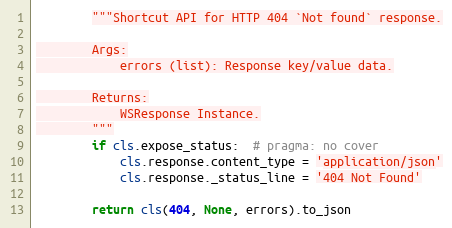
Language: Python
        """Shortcut API for HTTP 404 `Not found` response.

        Args:
            errors (list): Response key/value data.

        Returns:
            WSResponse Instance.
        """
        if cls.expose_status:  # pragma: no cover
            cls.response.content_type = 'application/json'
            cls.response._status_line = '404 Not Found'

        return cls(404, None, errors).to_json